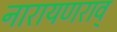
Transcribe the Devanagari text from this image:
नारायणराव्